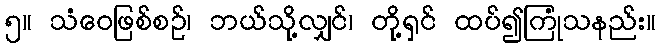
၅။ သံဝေဖြစ်စဉ်၊ ဘယ်သို့လျှင်၊ တို့ရှင် ထပ်၍ကြုံသနည်း။